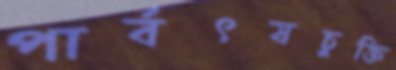
পার্বৎযচুক্তি